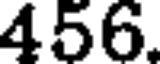
456.